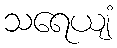
သရေယျံ